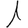
Digit: 1